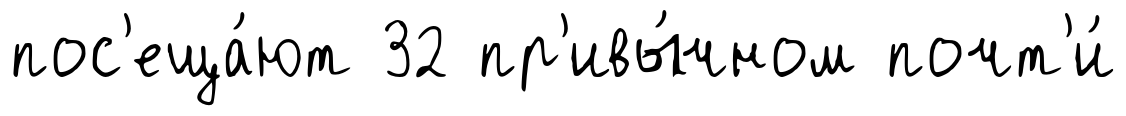
пос'еща́ют 32 пр'ивы́чном почт'и́